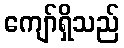
ကျော်ရှိသည်